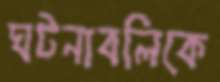
ঘটনাবলিকে